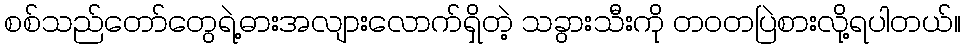
စစ်သည်တော်တွေရဲ့ဓားအလျားလောက်ရှိတဲ့ သခွားသီးကို တဝတပြဲစားလို့ရပါတယ်။